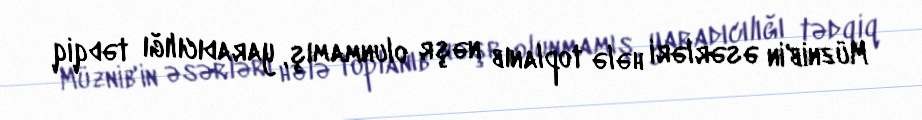
Müznib'in əsərləri hələ toplanıb nəşr olunmamış, yaradıcılığı tədqiq